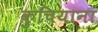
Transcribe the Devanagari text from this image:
कुचियाना